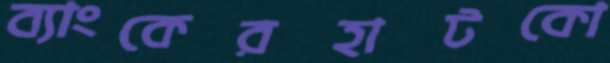
ব্যাংকেরহাটকো